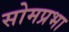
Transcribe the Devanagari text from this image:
सोमप्रभा